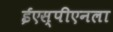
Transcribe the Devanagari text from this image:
ईएस्‌पीएनला